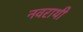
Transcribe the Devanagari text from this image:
नवराथी